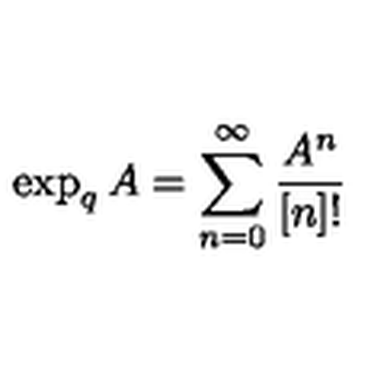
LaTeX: \exp _ { q } A = \sum _ { n = 0 } ^ { \infty } \frac { A ^ { n } } { [ n ] ! }